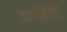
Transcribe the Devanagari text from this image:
काहिनि